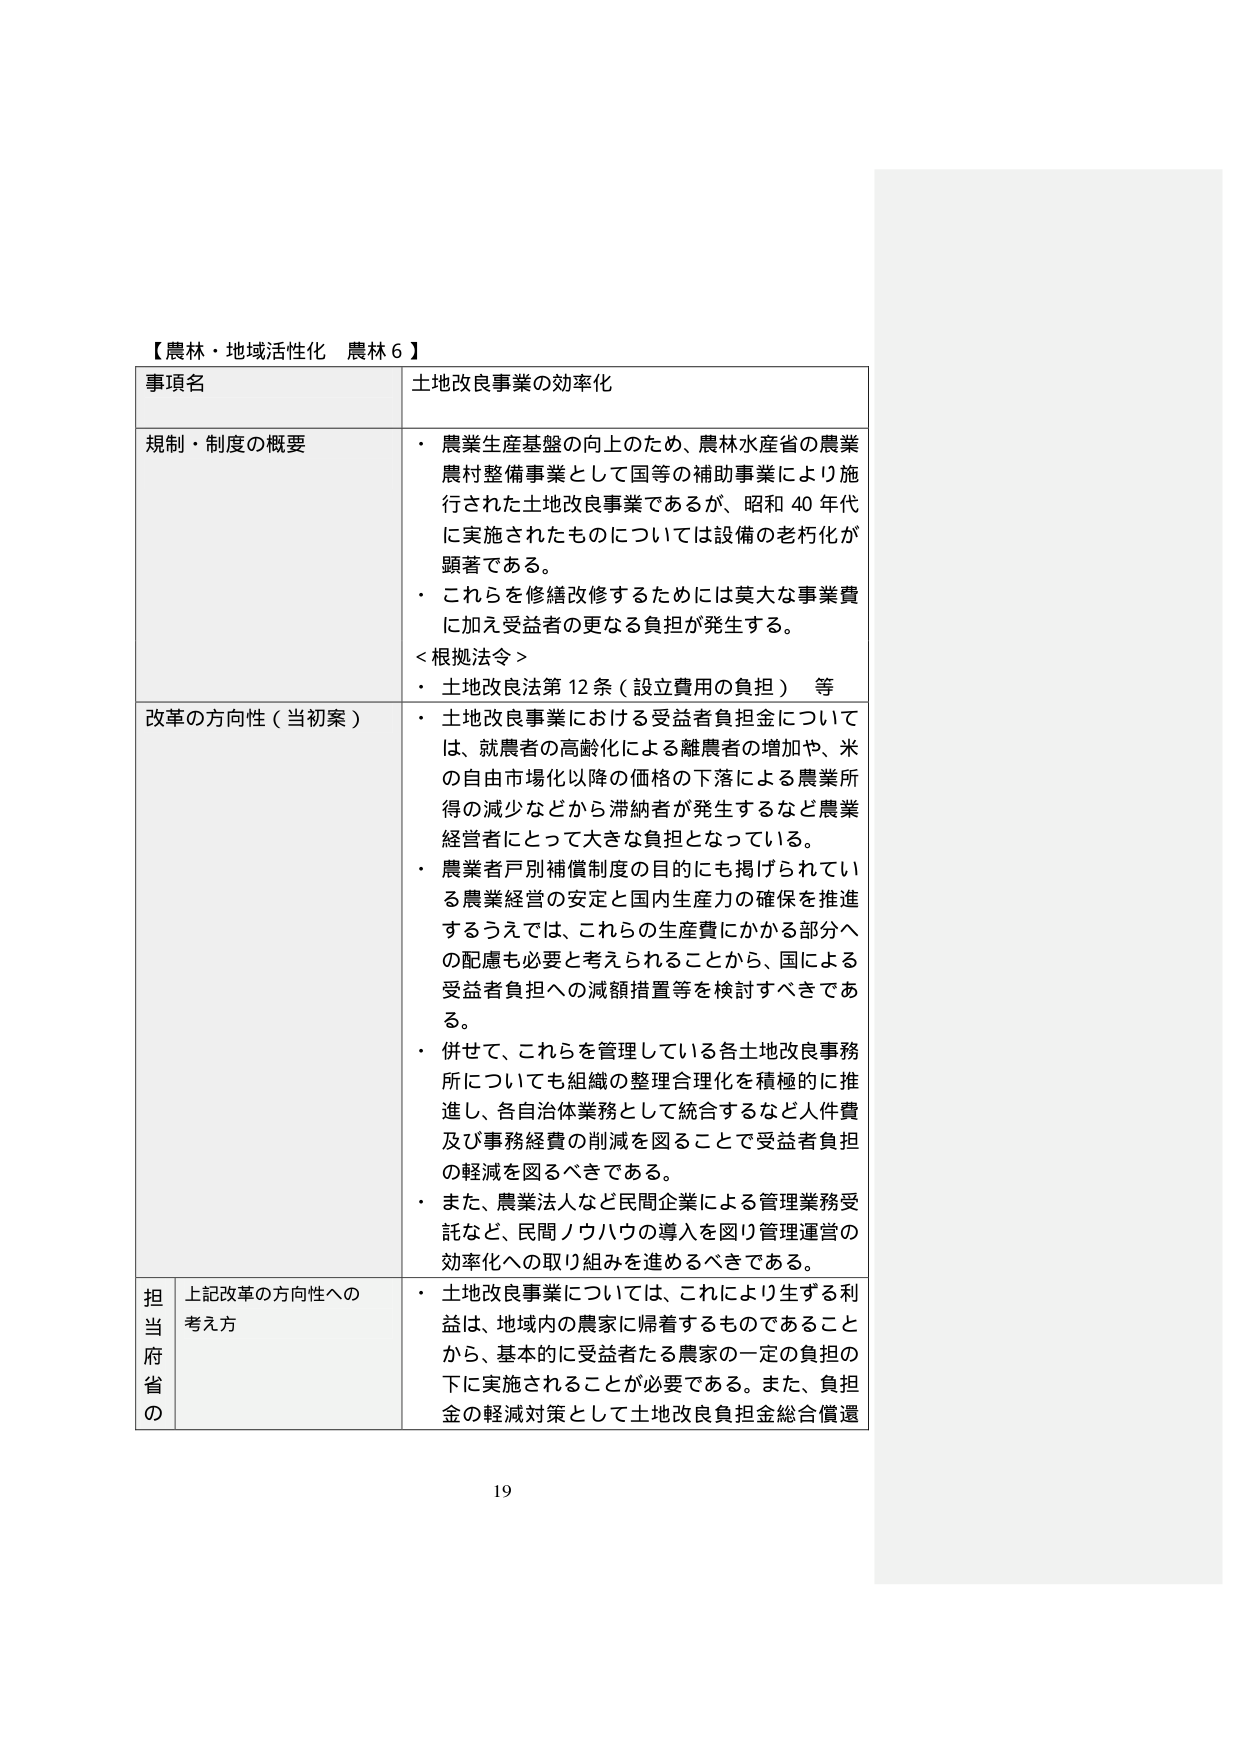
【農林・地域活性化 農林６】
事項名 土地改良事業の効率化
規制・制度の概要
・ 農業生産基盤の向上のため、農林水産省の農業農村整備事業として国等の補助事業により施行された土地改良事業であるが、昭和40年代に実施されたものについては設備の老朽化が顕著である。
・ これらを修繕改修するためには莫大な事業費に加え受益者の更なる負担が発生する。
＜根拠法令＞
・ 土地改良法第12条（設立費用の負担） 等
改革の方向性（当初案）
・ 土地改良事業における受益者負担金については、就農者の高齢化による離農者の増加や、米の自由市場化以降の価格の下落による農業所得の減少などから滞納者が発生するなど農業経営者にとって大きな負担となっている。
・ 農業者戸別補償制度の目的にも掲げられている農業経営の安定と国内生産力の確保を推進するうえでは、これらの生産費にかかる部分への配慮も必要と考えられることから、国による受益者負担への減額措置等を検討すべきである。
・ 併せて、これらを管理している各土地改良事務所についても組織の整理合理化を積極的に推進し、各自治体業務として統合するなど人件費及び事務経費の削減を図ることで受益者負担の軽減を図るべきである。
・ また、農業法人など民間企業による管理業務受託など、民間ノウハウの導入を図り管理運営の効率化への取り組みを進めるべきである。
担当府省の 上記改革の方向性への考え方
・ 土地改良事業については、これにより生ずる利益は、地域内の農家に帰着するものであることから、基本的に受益者たる農家の一定の負担の下に実施されることが必要である。また、負担金の軽減対策として土地改良負担金総合償還
19